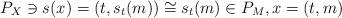
LaTeX: \begin{align*}P_X\ni s(x)=(t,s_t(m))\cong s_t(m)\in P_M,x=(t,m)\end{align*}